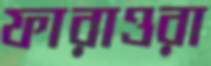
ফারাওরা